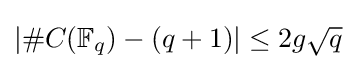
|\#C(\mathbb {F} _{q})-(q+1)|\leq 2g{\sqrt {q}}